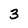
Character: 3